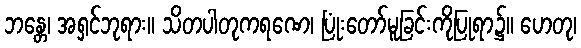
ဘန္တေ၊ အရှင်ဘုရား။ သိတပါတုကရဏေ၊ ပြုံးတော်မူခြင်းကိုပြုရာ၌။ ဟေတု၊